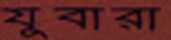
যুবারা